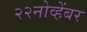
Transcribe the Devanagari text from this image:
२२नोव्हेंबर